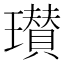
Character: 瓉